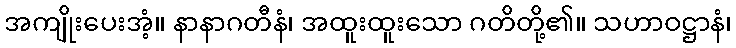
အကျိုးပေးအံ့။ နာနာဂတီနံ၊ အထူးထူးသော ဂတိတို့၏။ သဟာဝဋ္ဌာနံ၊